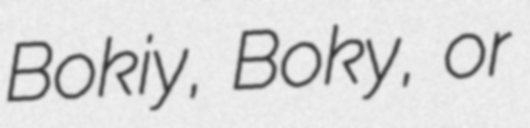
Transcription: Bokiy, Boky, or